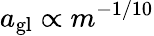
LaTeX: a_{\mathrm{gl}}\propto m^{-1/10}